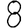
Digit: 8